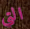
التي